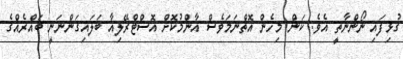
ގުޅިފައި ނޯންނާތީ އެވެ. ކަން މިހެން އޮތްނަމަވެސް އާންމުކޮށް އޮސްޓްރޭލިއާ ބަލައިގަންނަނީ ބައްރެއްގެ